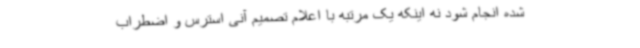
شده انجام شود نه اینکه یک مرتبه با اعلام تصمیم آنی استرس و اضطراب